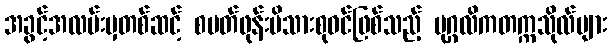
အခွင့်အလမ်းမှတစ်ဆင့် စမတ်ဖုန်းမိသားစုဝင်ဖြစ်သည့် ပုဂ္ဂလိကတက္ကသိုလ်များ